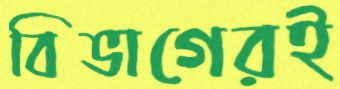
বিভাগেরই